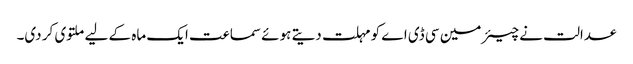
عدالت نے چیئرمین سی ڈی اے کو مہلت دیتے ہوئے سماعت ایک ماہ کے لیے ملتوی کر دی۔